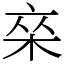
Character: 𰗣